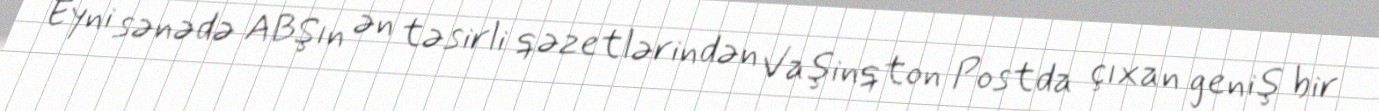
Eyni sənədə ABŞın ən təsirli qəzetlərindən Vaşinqton Postda çıxan geniş bir